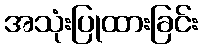
အသုံးပြုထားခြင်း